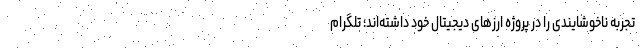
تجربه ناخوشایندی را در پروژه ارزهای دیجیتال خود داشته‌اند؛ تلگرام